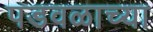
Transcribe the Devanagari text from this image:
पडवळाच्या